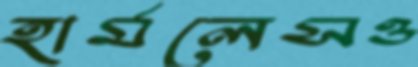
হার্মলেসও